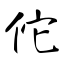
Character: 佗